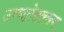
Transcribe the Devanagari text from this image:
उष्णतेसारख्या